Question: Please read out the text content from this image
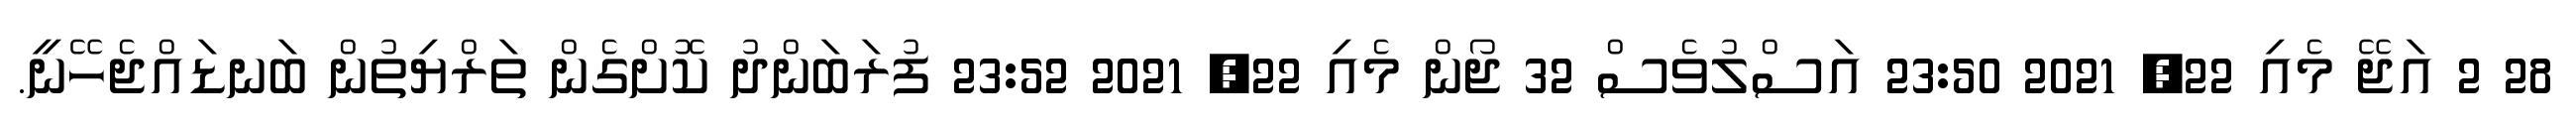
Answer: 28 2 އަޖޭ މެއި 22, 2021 23:50 އަސްލުވެސް 32 ޖޯން މެއި 22, 2021 23:52 ފުރަބަންދު ކޮށްގެން ތަރްޔިތުން ބަނޑައްޖެހޭނީ.